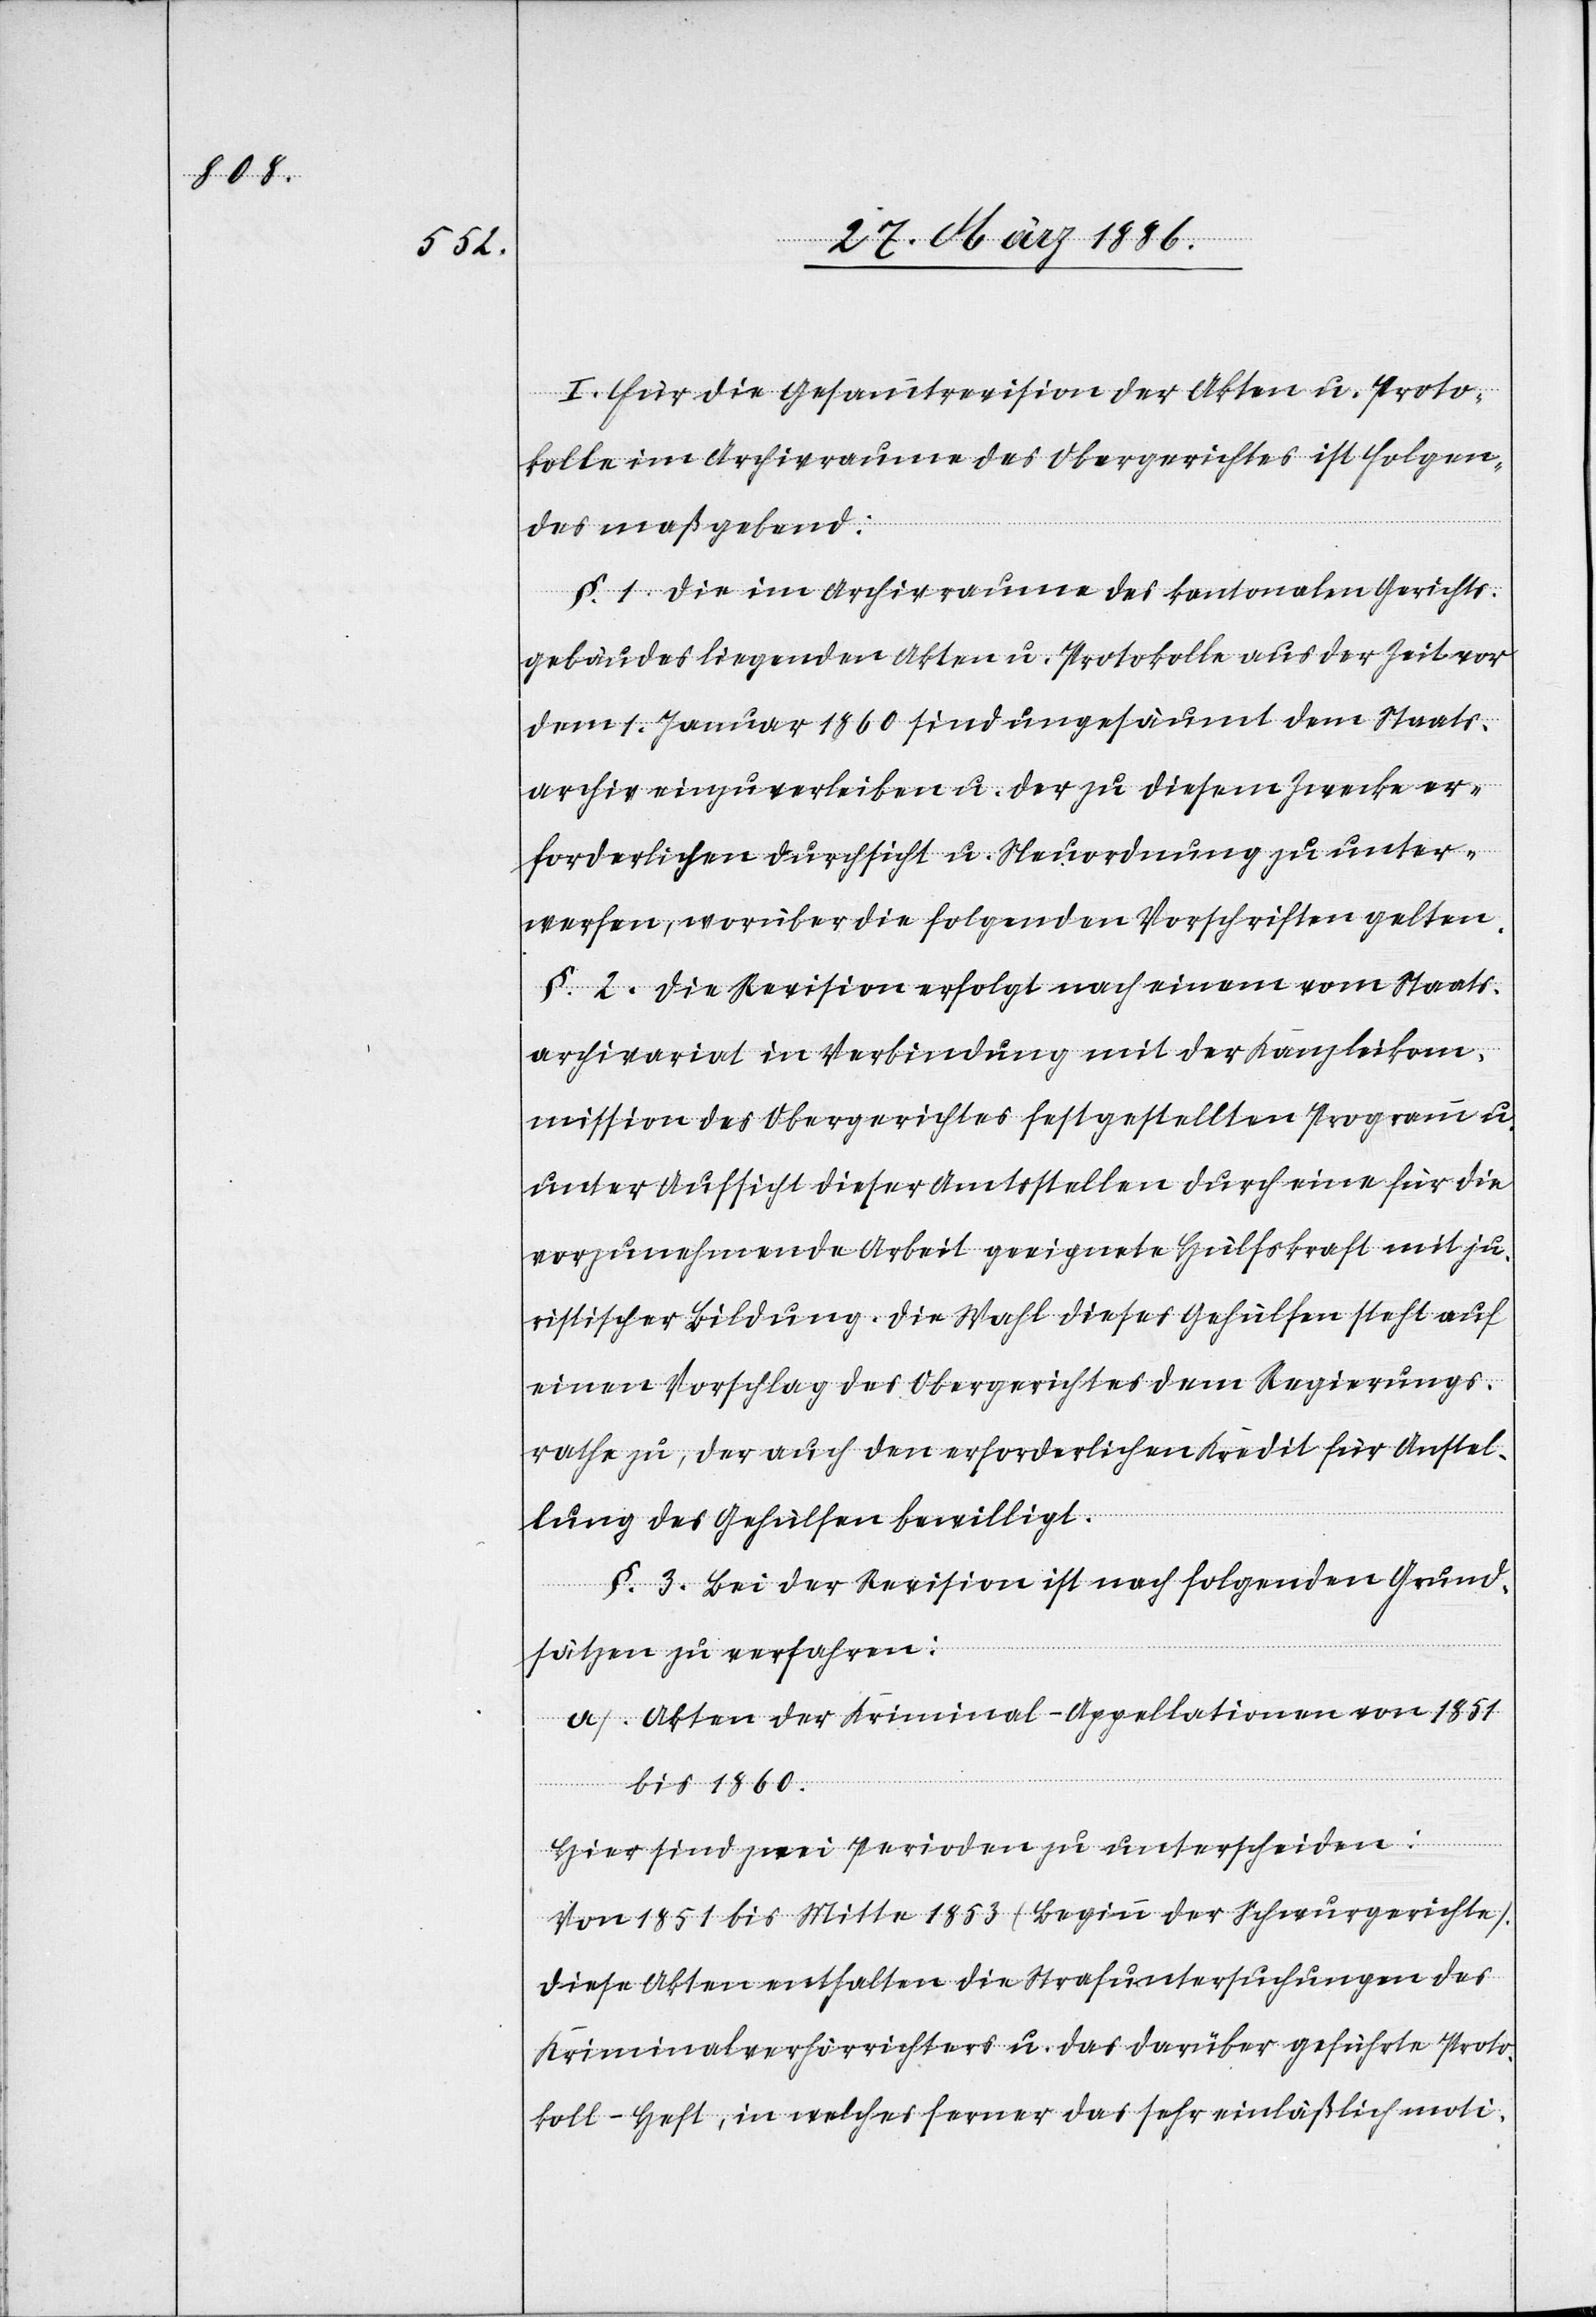
I. Für die Gesammtrevision der Akten u. Proto¬
kolle im Archivraume des Obergerichtes ist Folgen¬
des maßgebend:
§. 1 Die im Archivraume des kantonalen Gerichts¬
gebäudes liegenden Akten u. Protokolle aus der Zeit vor
dem 1. Januar 1860 sind ungesäumt dem Staats¬
archiv einzuverleiben u. der zu diesem Zwecke er¬
forderlichen Durchsicht u. Neuordnung zu unter¬
werfen, worüber die folgenden Vorschriften gelten.
§. 2. Die Revision erfolgt nach einem vom Staats¬
archivariat in Verbindung mit der Kanzleikom¬
mission des Obergerichtes festgestellten Programm
unter Aufsicht dieser Amtsstelle durch eine für die
Vorzunehmende Arbeit geeignete Hülfskraft mit ju¬
ristischer Bildung. Die Wahl dieses Gehülfen steht auf
einen Vorschlag des Obergerichtes dem Regierungs¬
rathe zu, der auch den erforderlichen Kredit für Anstel¬
lung des Gehülfen bewilligt.
§. 3 Bei der Revision ist nach folgenden Grund¬
sätzen zu verfahren:
a. Akten der Kriminal-Appellationen von 1851
bis 1860.
Hier sind zwei Perioden zu unterscheiden:
Von 1851 bis Mitte 1853 (Beginn der Schwurgerichte).
Diese Akten enthalten die Strafuntersuchungen des
Kriminalverhörrichters u. das darüber geführte Proto¬
koll-Heft, in welches ferner das sehr einläßlich moti-